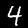
Digit: 4